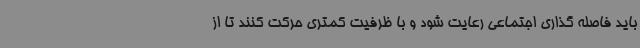
باید فاصله گذاری اجتماعی رعایت شود و با ظرفیت کمتری حرکت کنند تا از